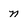
Character: n